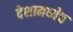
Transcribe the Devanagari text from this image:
देशामध्येच